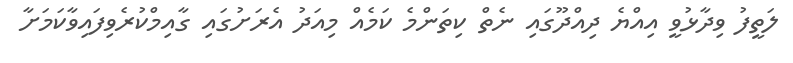
ލަތީފު ވިދާޅުވީ އިއްޔެ ދިއްދޫގައި ނެތް ކިތަންމެ ކަމެއް މިއަދު އެރަށުގައި ގާއިމްކުރެވިފައިވާކަމަށާ